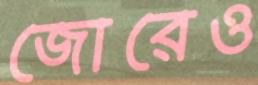
জোরেও